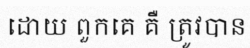
ដោយ ពួកគេ គឺ ត្រូវបាន